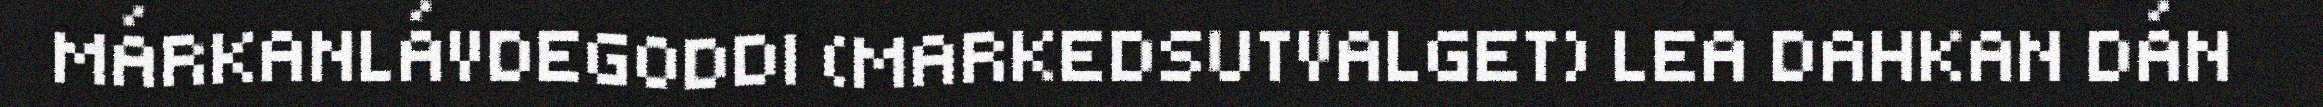
MÁRKANLÁVDEGODDI (MARKEDSUTVALGET) LEA DAHKAN DÁN